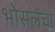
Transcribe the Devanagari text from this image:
भोसलेंचा